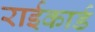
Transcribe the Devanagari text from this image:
राईकार्ड